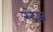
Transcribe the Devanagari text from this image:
स्ट्रेज़